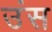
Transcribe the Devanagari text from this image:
उंस